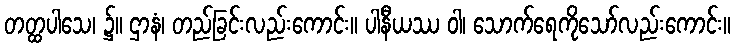
တတ္ထပါသေ၊ ၌။ ဌာနံ၊ တည်ခြင်းလည်းကောင်း။ ပါနီယဿ ဝါ၊ သောက်ရေကိုသော်လည်းကောင်း။